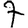
Digit: 7